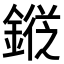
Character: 𨪯